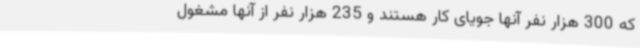
که 300 هزار نفر آنها جویای کار هستند و 235 هزار نفر از آنها مشغول